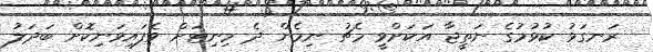
ރަނގަޅު ކުޅުމުގެ ނަތީޖާ އަކަށްވީ މެޗު ނިމެން ދެ މިނިޓަށް ވެފައިވަނިކޮށް ބަދަލު